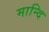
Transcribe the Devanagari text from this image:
मान्दि